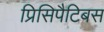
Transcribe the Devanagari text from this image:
प्रिसिपैटिबस